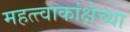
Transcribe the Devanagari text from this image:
महत्त्वाकांक्षेच्या